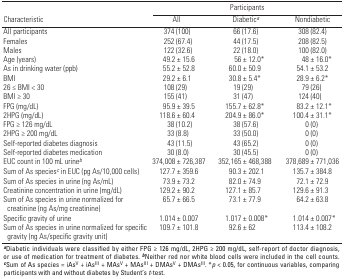
<table><thead><tr><td rowspan="2"><b>Characteristic</b></td><td colspan="3"><b>Participants</b></td></tr><tr><td><b>All</b></td><td><b>Diabetic<sup><i>a</i></sup></b></td><td><b>Non­diabetic</b></td></tr></thead><tbody><tr><td><b>All participants</b></td><td>374 (100)</td><td>66 (17.6)</td><td>308 (82.4)</td></tr><tr><td><b>Females</b></td><td>252 (67.4)</td><td>44 (17.5)</td><td>208 (82.5)</td></tr><tr><td><b>Males</b></td><td>122 (32.6)</td><td>22 (18.0)</td><td>100 (82.0)</td></tr><tr><td><b>Age (years)</b></td><td>49.2 ± 15.6</td><td>56 ± 12.0*</td><td>48 ± 16.0*</td></tr><tr><td><b>As in drinking water (ppb)</b></td><td>55.2 ± 52.8</td><td>60.0 ± 50.9</td><td>54.1 ± 53.2</td></tr><tr><td><b>BMI</b></td><td>29.2 ± 6.1</td><td>30.8 ± 5.4*</td><td>28.9 ± 6.2*</td></tr><tr><td><b>26 ≤ BMI &lt; 30</b></td><td>108 (29)</td><td>19 (29)</td><td>79 (26)</td></tr><tr><td><b>BMI ≥ 30</b></td><td>155 (41)</td><td>31 (47)</td><td>124 (40)</td></tr><tr><td><b>FPG (mg/dL)</b></td><td>95.9 ± 39.5</td><td>155.7 ± 62.8*</td><td>83.2 ± 12.1*</td></tr><tr><td><b>2HPG (mg/dL)</b></td><td>118.6 ± 60.4</td><td>204.9 ± 86.0*</td><td>100.4 ± 31.1*</td></tr><tr><td><b>FPG ≥ 126 mg/dL</b></td><td>38 (10.2)</td><td>38 (57.6)</td><td>0 (0)</td></tr><tr><td><b>2HPG ≥ 200 mg/dL</b></td><td>33 (8.8)</td><td>33 (50.0)</td><td>0 (0)</td></tr><tr><td><b>Self-reported diabetes diagnosis</b></td><td>43 (11.5)</td><td>43 (65.2)</td><td>0 (0)</td></tr><tr><td><b>Self-reported diabetes medication</b></td><td>30 (8.0)</td><td>30 (45.5)</td><td>0 (0)</td></tr><tr><td><b>EUC count in 100 mL urine<sup><i>b</i></sup></b></td><td>374,008 ± 726,387</td><td>352,165 ± 468,388</td><td>378,689 ± 771,036</td></tr><tr><td><b>Sum of As species<sup><i>c</i></sup> in EUC (pg As/10,000 cells)</b></td><td>127.7 ± 359.6</td><td>90.3 ± 202.1</td><td>135.7 ± 384.8</td></tr><tr><td><b>Sum of As species in urine (ng As/mL)</b></td><td>73.9 ± 73.2</td><td>82.0 ± 74.9</td><td>72.1 ± 72.9</td></tr><tr><td><b>Creatinine concentration in urine (mg/dL)</b></td><td>129.2 ± 90.2</td><td>127.1 ± 85.7</td><td>129.6 ± 91.3</td></tr><tr><td><b>Sum of As species in urine normalized for creatinine (ng As/mg creatinine)</b></td><td>65.7 ± 66.5</td><td>73.1 ± 77.9</td><td>64.2 ± 63.8</td></tr><tr><td><b>Specific gravity of urine</b></td><td>1.014 ± 0.007</td><td>1.017 ± 0.008*</td><td>1.014 ± 0.007*</td></tr><tr><td><b>Sum of As species in urine normalized for specific gravity (ng As/specific gravity unit)</b></td><td>109.7 ± 101.8</td><td>92.6 ± 62</td><td>113.4 ± 108.2</td></tr><tr><td colspan="4"><sup><i><b>a</b></i></sup>Diabetic individuals were classified by either FPG ≥ 126 mg/dL, 2HPG ≥ 200 mg/dL, self-report of doctor diagnosis, or use of medication for treatment of diabetes. <sup><i><b>b</b></i></sup>Neither red nor white blood cells were included in the cell counts. <sup><i><b>c</b></i></sup>Sum of As species = iAs<sup>V</sup> + iAs<sup>III</sup> + MAs<sup>V</sup> + MAs<sup>III</sup> + DMAs<sup>V</sup> + DMAs<sup>III</sup>. *<i>p</i> &lt; 0.05, for continuous variables, comparing participants with and without diabetes by Student’s <i>t</i>-test.</td></tr></tbody></table>